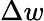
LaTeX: \Delta w